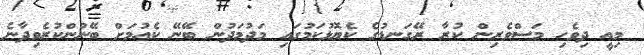
މިއީ ދިވެހި މަސްވެރިން ކުރާ ރޭގަނޑުގެ ކެޔޮޅުކަމުގައި މަދުމަދުން ބޭނޭ ކެއުމަށް ބޭނުންކުރެވިދާނެ